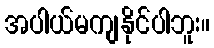
အပါယ်မကျနိုင်ပါဘူး။